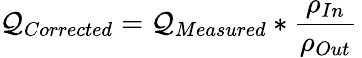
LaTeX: \mathcal{Q}_{Corrected}=\mathcal{Q}_{Measured}*{\frac{{\rho_{In}}}{{\rho_{Out}}}}\,